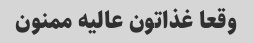
وقعا غذاتون عالیه ممنون